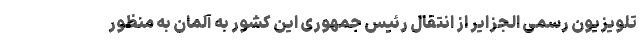
تلویزیون رسمی الجزایر از انتقال رئیس جمهوری این کشور به آلمان به منظور